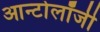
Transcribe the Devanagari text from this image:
आन्टोलॉजी